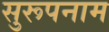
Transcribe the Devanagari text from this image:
सुरूपनाम